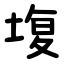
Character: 㙏